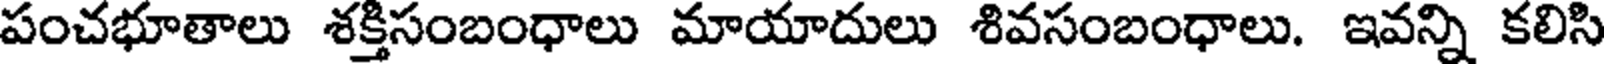
పంచభూతాలు శక్తిసంబంధాలు మాయాదులు శివసంబంధాలు. ఇవన్ని కలిసి